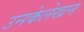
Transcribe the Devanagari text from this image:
उनकेलेखन